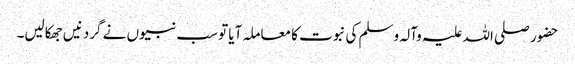
حضور صلی اللہ علیہ وآلہ وسلم کی نبوت کا معاملہ آیا تو سب نبیوں نے گردنیں جھکالیں۔